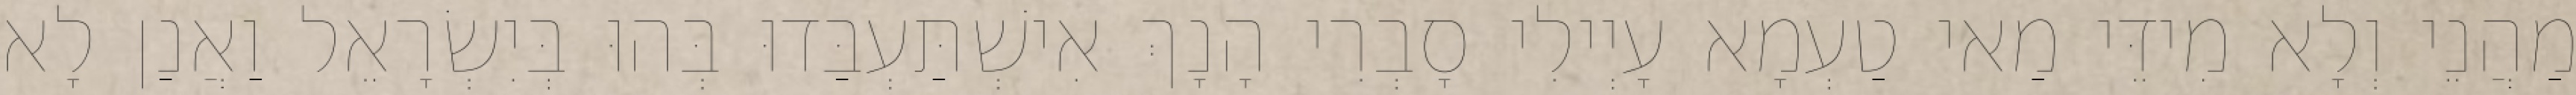
מַהֲנֵי וְלָא מִידֵּי מַאי טַעְמָא עָיְילִי סָבְרִי הָנָךְ אִישְׁתַּעְבַּדוּ בְּהוּ בְּיִשְׂרָאֵל וַאֲנַן לָא